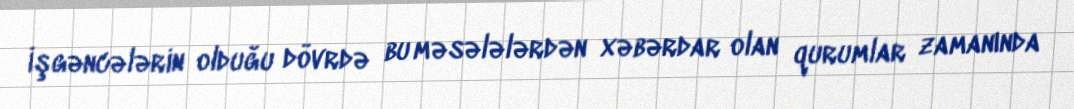
İşgəncələrin olduğu dövrdə bu məsələlərdən xəbərdar olan qurumlar zamanında